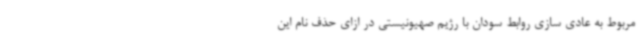
مربوط به عادی سازی روابط سودان با رژیم صهیونیستی در ازای حذف نام این